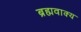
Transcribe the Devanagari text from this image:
ब्रह्मवाक्‍य